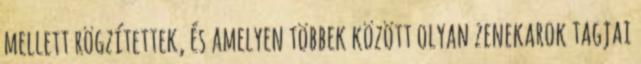
mellett rögzítettek, és amelyen többek között olyan zenekarok tagjai